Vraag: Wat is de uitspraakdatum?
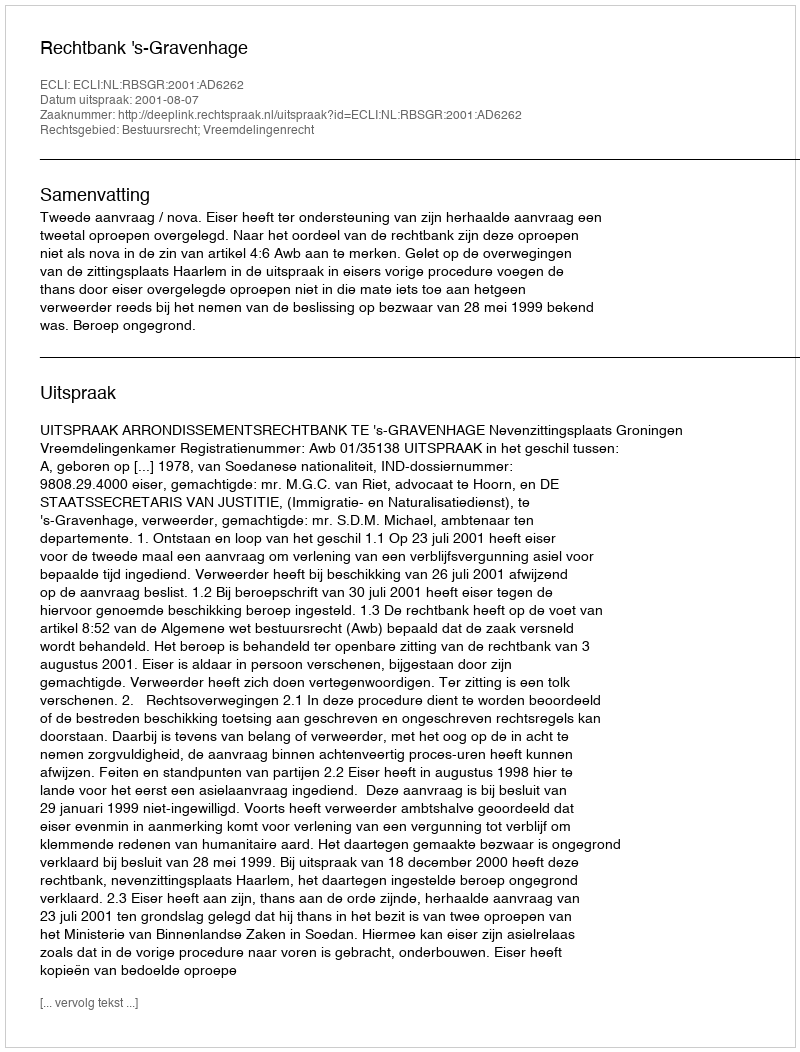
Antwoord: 2001-08-07